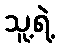
သူ့ရဲ့